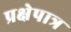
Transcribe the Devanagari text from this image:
प्रक्षेपात्र